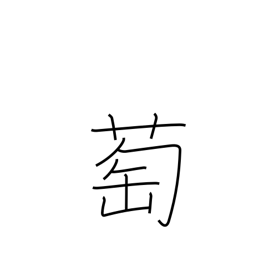
Meaning: wild grape